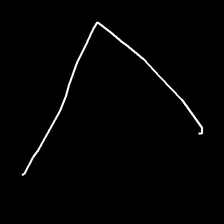
Glyph: region